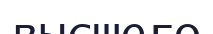
высшего